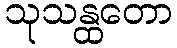
သုသန္ထတော